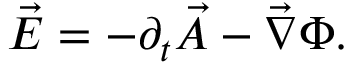
\vec { E } = - \partial _ { t } \vec { A } - \vec { \nabla } \Phi .